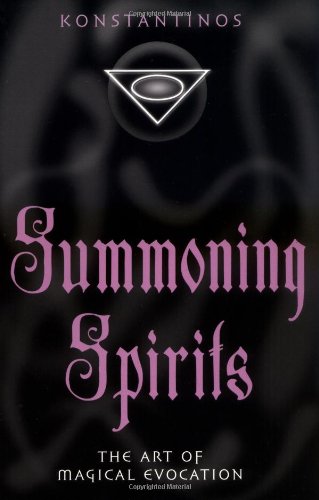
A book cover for Summoning Spirits: The Art of Magical Evocation (Llewellyn's Practical Magick); Konstantinos; Science & Math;